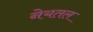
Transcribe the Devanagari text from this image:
नेयतल